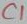
Text: C1